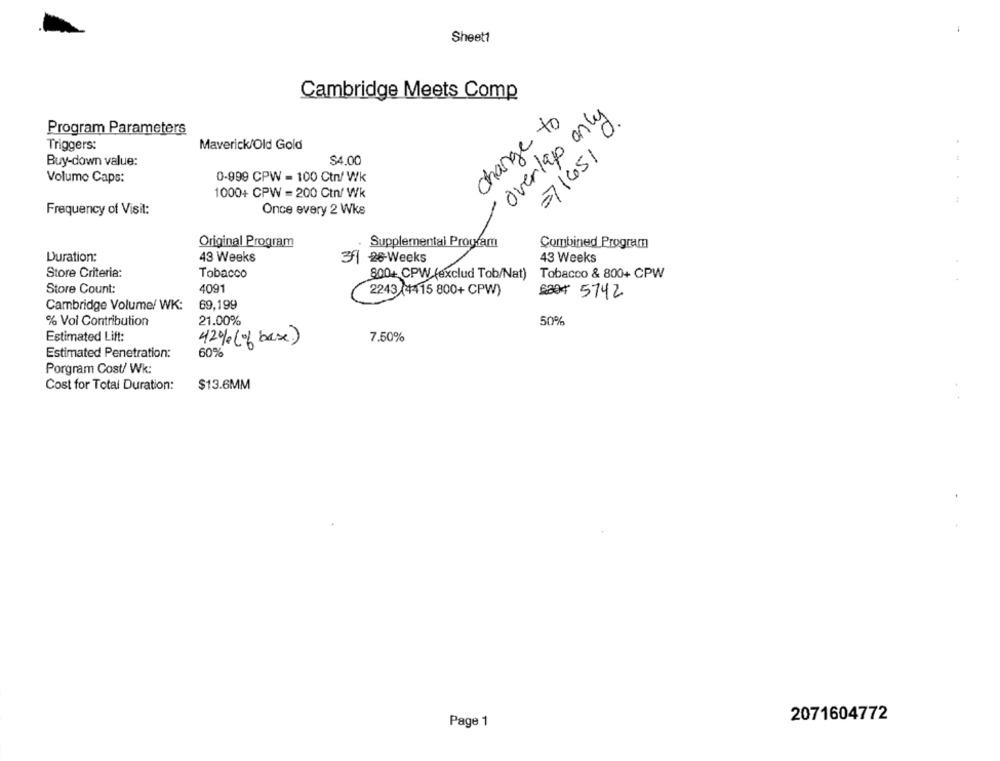
Sheet1
Cambridge Meets Comp
overlap only
change to
71651 0.
Program Parameters
Triggers:
Maverick/Old Gold
$4.00
Buy-down value:
Volumo Caps:
0-999 CPW = 100 Ctn/ Wk
1000+ CPW = 200 Ctn/ Wk
Frequency of Visit:
Once every 2 Wks
Original Program
Supplemental Program
Combined Program
Duration:
43 Weeks
31 26 Weeks
43 Weeks
Store Criteria:
Tobacco
800+ CPW (exclud Tob/Nat) Tobacco & 800+ CPW
Store Count:
4091
2243 (4415 800+ CPW)
6004 5742
69,199
Cambridge Volume/ WK:
% Vol Contribution
21.00%
50%
Estimated Lift:
42% ( of base)
7.50%
Estimated Penetration:
60%
Porgram Cost/ Wk:
Cost for Total Duration:
$13.6MM
Page 1
2071604772